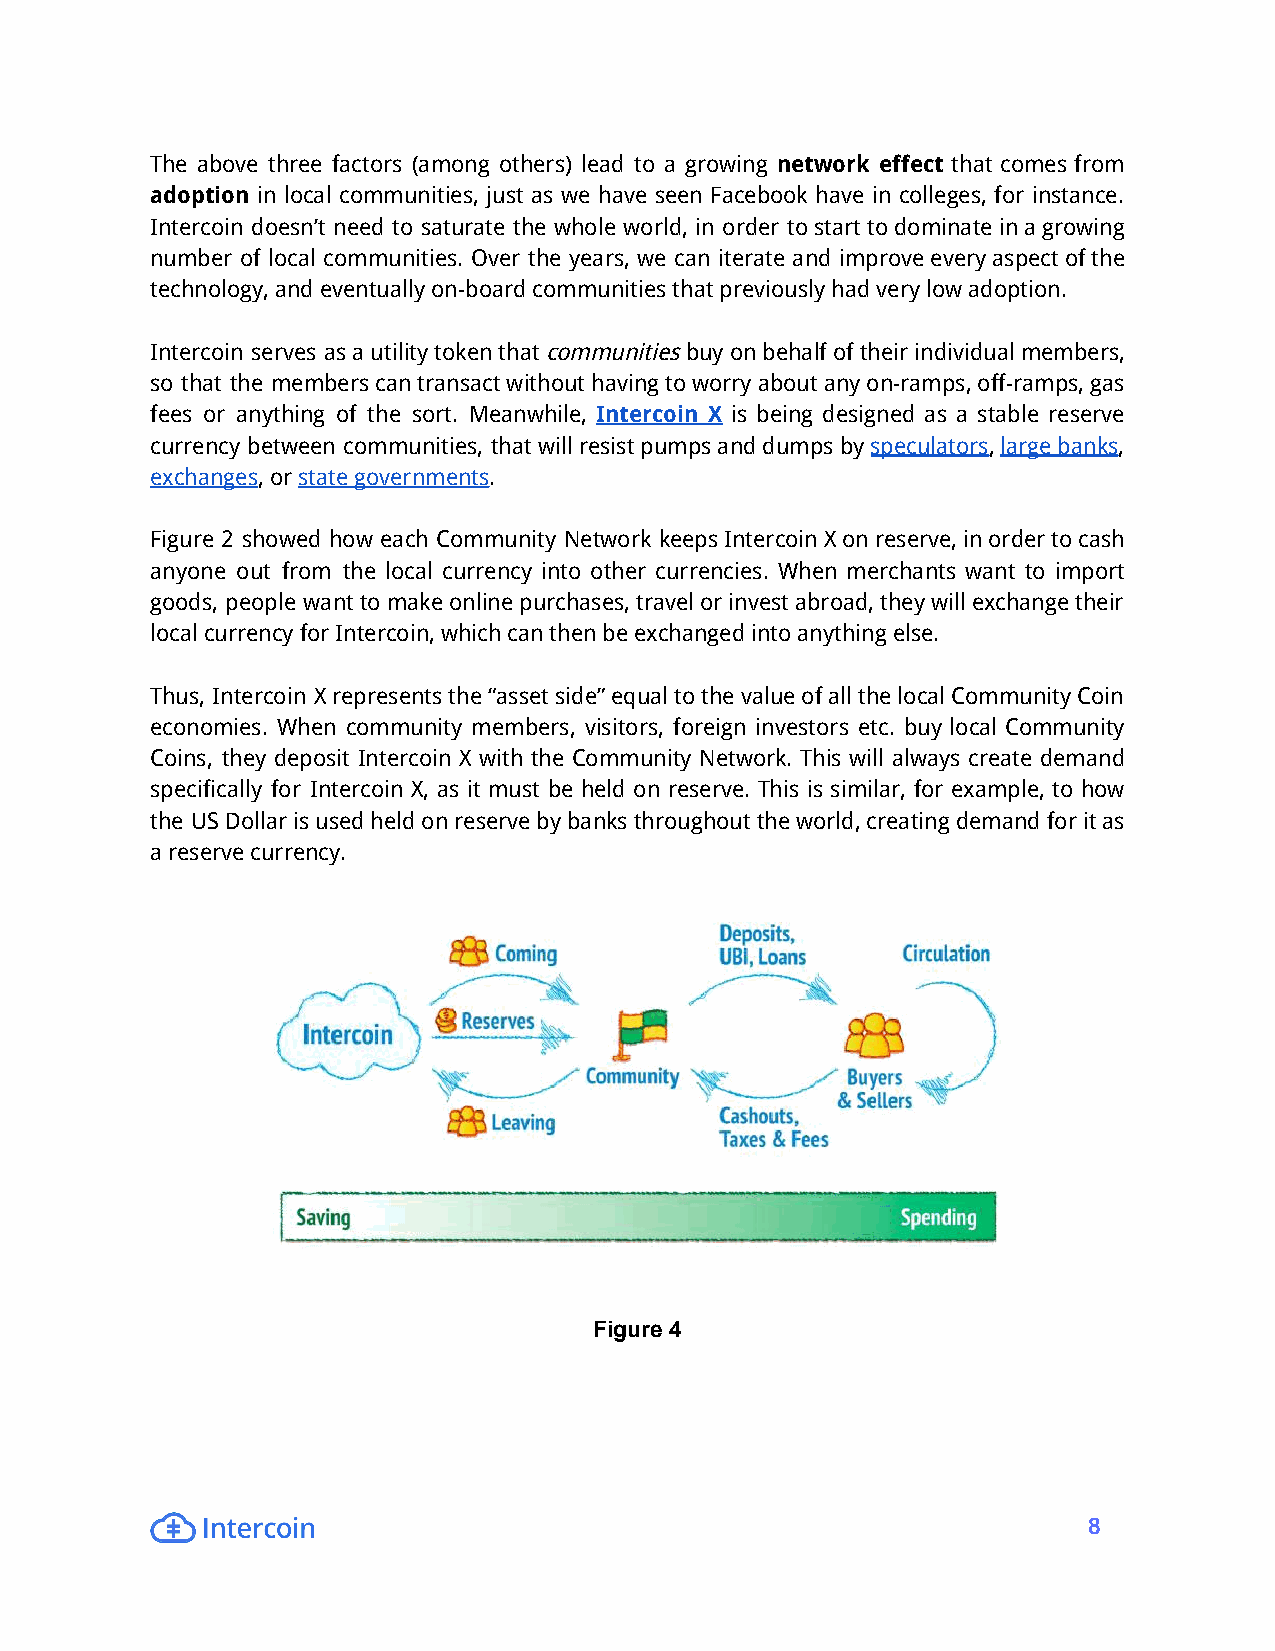
The above three factors (among others) lead to a growing network effect that comes from
 adoption in local communities, just as we have seen Facebook have in colleges, for instance.
 Intercoin doesn’t need to saturate the whole world, in order tostarttodominateinagrowing
 number of local communities. Over the years, we can iterate and improveeveryaspectofthe
 technology,andeventuallyon-boardcommunitiesthatpreviouslyhadverylowadoption.
 Intercoin serves asautilitytokenthatcommunitiesbuyonbehalfoftheirindividualmembers,
 so that the memberscantransactwithouthavingtoworryaboutanyon-ramps,off-ramps,gas
 fees or anything of the sort. Meanwhile, Intercoin X is being designed as a stable reserve
 currency between communities, thatwillresistpumpsanddumpsbyspeculators,largebanks,
 exchanges,orstategovernments.
 Figure 2 showed how each Community Network keepsIntercoinXonreserve,inordertocash
 anyone out from the local currency into other currencies. When merchants want to import
 goods, people wanttomakeonlinepurchases,travelorinvestabroad,theywillexchangetheir
 localcurrencyforIntercoin,whichcanthenbeexchangedintoanythingelse.
 Thus, Intercoin Xrepresentsthe“assetside”equaltothevalueofallthelocalCommunityCoin
 economies. When community members, visitors, foreign investors etc. buy local Community
 Coins, they deposit Intercoin X with the Community Network. This will always create demand
 specifically for Intercoin X, as it must be held on reserve. This is similar, for example, to how
 the USDollarisusedheldonreservebybanksthroughouttheworld,creatingdemandforitas
 areservecurrency.
 Figure 4
 8